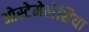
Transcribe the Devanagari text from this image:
ओस्टेमेलेशिया